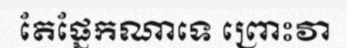
តែផ្នែកណាទេ ព្រោះវា